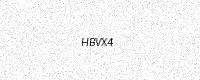
Text: HBVX4